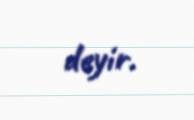
deyir.